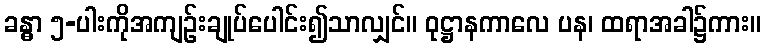
ခန္ဓာ ၅-ပါးကိုအကျဉ်းချုပ်ပေါင်း၍သာလျှင်။ ဝုဋ္ဌာနကာလေ ပန၊ ထရာအခါ၌ကား။